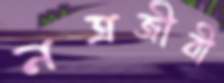
নত্রজীবী